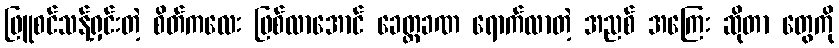
ဖြူစင်သန့်ရှင်းတဲ့ စိတ်ကလေး ဖြစ်လာအောင် ခေတ္တခဏ ရောက်လာတဲ့ အညစ် အကြေး ဆိုတာ တွေကို